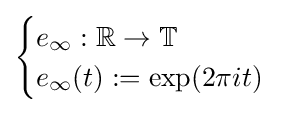
{\begin{cases}e_{\infty }:\mathbb {R} \to \mathbb {T} \\e_{\infty }(t):=\exp(2\pi it)\end{cases}}